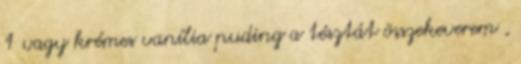
1 vagy krémes vanília puding a tésztát összekeverem ,